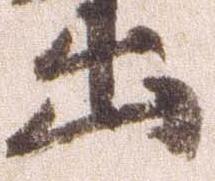
出